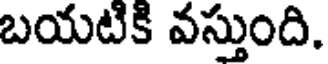
బయటికి వస్తుంది.